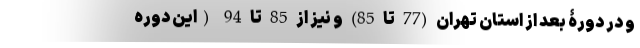
و در دورۀ بعد از استان تهران (77 تا 85) و نیز از 85 تا 94 (این دوره